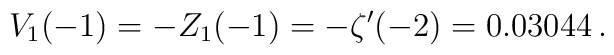
V_1(-1)=-Z_1(-1)=-\zeta '(-2)=0.03044\,.